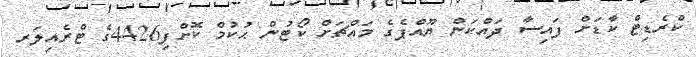
ކްރެޑިޓް ކާޑަށް ފައިސާ ދައްކަން ޔޫއްޕެގެ މައްޗަށް ކޯޓުން ޙުކުމް ކޮށްފި4426ގެ ޓްރެއިލަރ